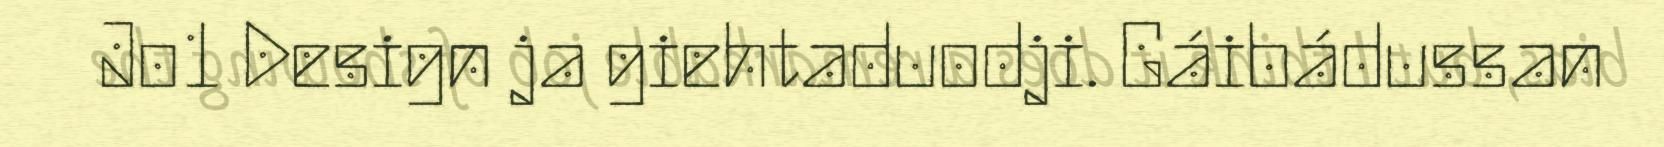
Jo1 Design ja giehtaduodji. Gáibádussan